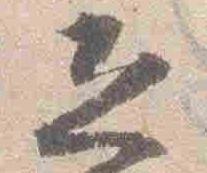
恐